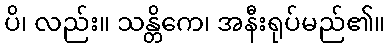
ပိ၊ လည်း။ သန္တိကေ၊ အနီးရုပ်မည်၏။